Annual report of the Camel Specialist
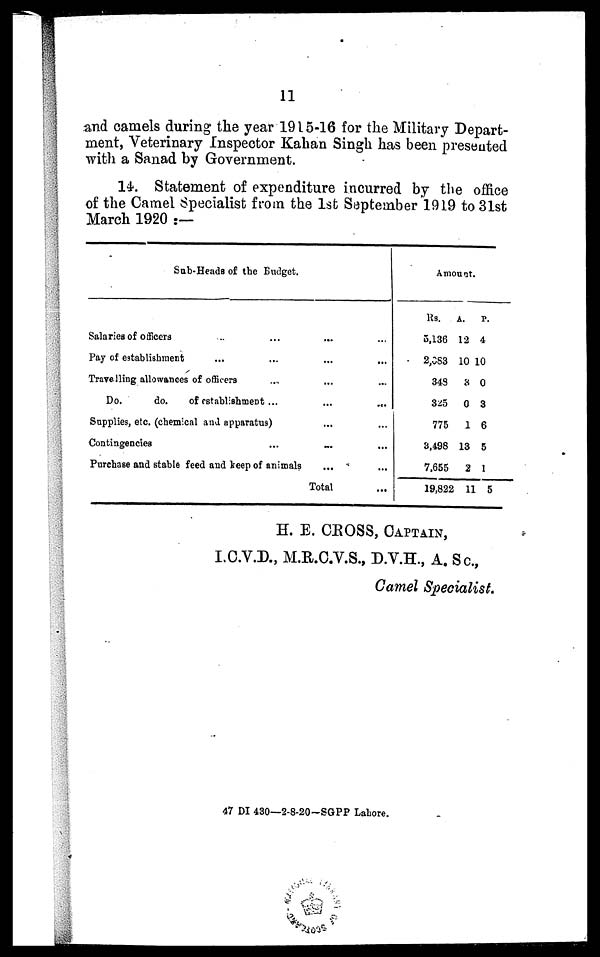
11
and camels during the year 1915-16 for the Military Depart-
ment, Veterinary Inspector Kahan Singh has been presented
with a Sanad by Government.
14. Statement of expenditure incurred by the office
of the Camel Specialist from the 1st September 1919 to 31st
March 1920 :—
Sub-Heads of the Budget.
Salaries of officers
Pay of establishment
Travelling allowances of officers
Do.
do.
of establishment
Supplies, etc. (chemical and apparatus
Contingencies
...
...
...
...
...
...
Purchase and stable feed and keep of animals
...
...
...
...
...
...
...
Total
...
...
...
...
...
...
...
...
Amount.
Rs.
5,136
2,083
348
325
775
3,498
7,655
19,822
A.
12
10
3
0
1
13
2
11
P.
4
10
0
3
6
5
1
5
H. E. CROSS, CAPTAIN,
I.C.V.D., M.R.C.V.S., D.V.H., A. Sc.,
Camel Specialist.
47 DI 430—2-8-20-SGPP Lahore.